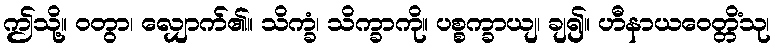
ဤသို့။ ဝတွာ၊ လျှောက်၏။ သိက္ခံ၊ သိက္ခာကို။ ပစ္စက္ခာယျ၊ ချ၍။ ဟီနာယဝေတ္တိံသု၊